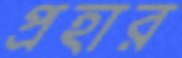
প্রহার